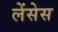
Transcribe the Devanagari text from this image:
लेंसेस